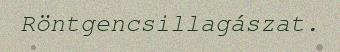
Röntgencsillagászat.